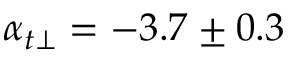
\alpha _ { t \perp } = - 3 . 7 \pm 0 . 3